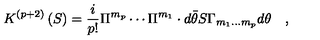
K ^ { \left( p + 2 \right) } \left( S \right) = \frac i { p ! } \Pi ^ { m _ { p } } \cdots \Pi ^ { m _ { 1 } } \cdot d \bar { \theta } S \Gamma _ { m _ { 1 } \ldots m _ { p } } d \theta \quad ,